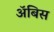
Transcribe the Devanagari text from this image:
ॲबिस